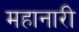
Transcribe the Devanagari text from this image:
महानारी